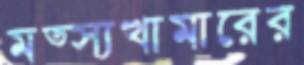
মত্স্যখামারের